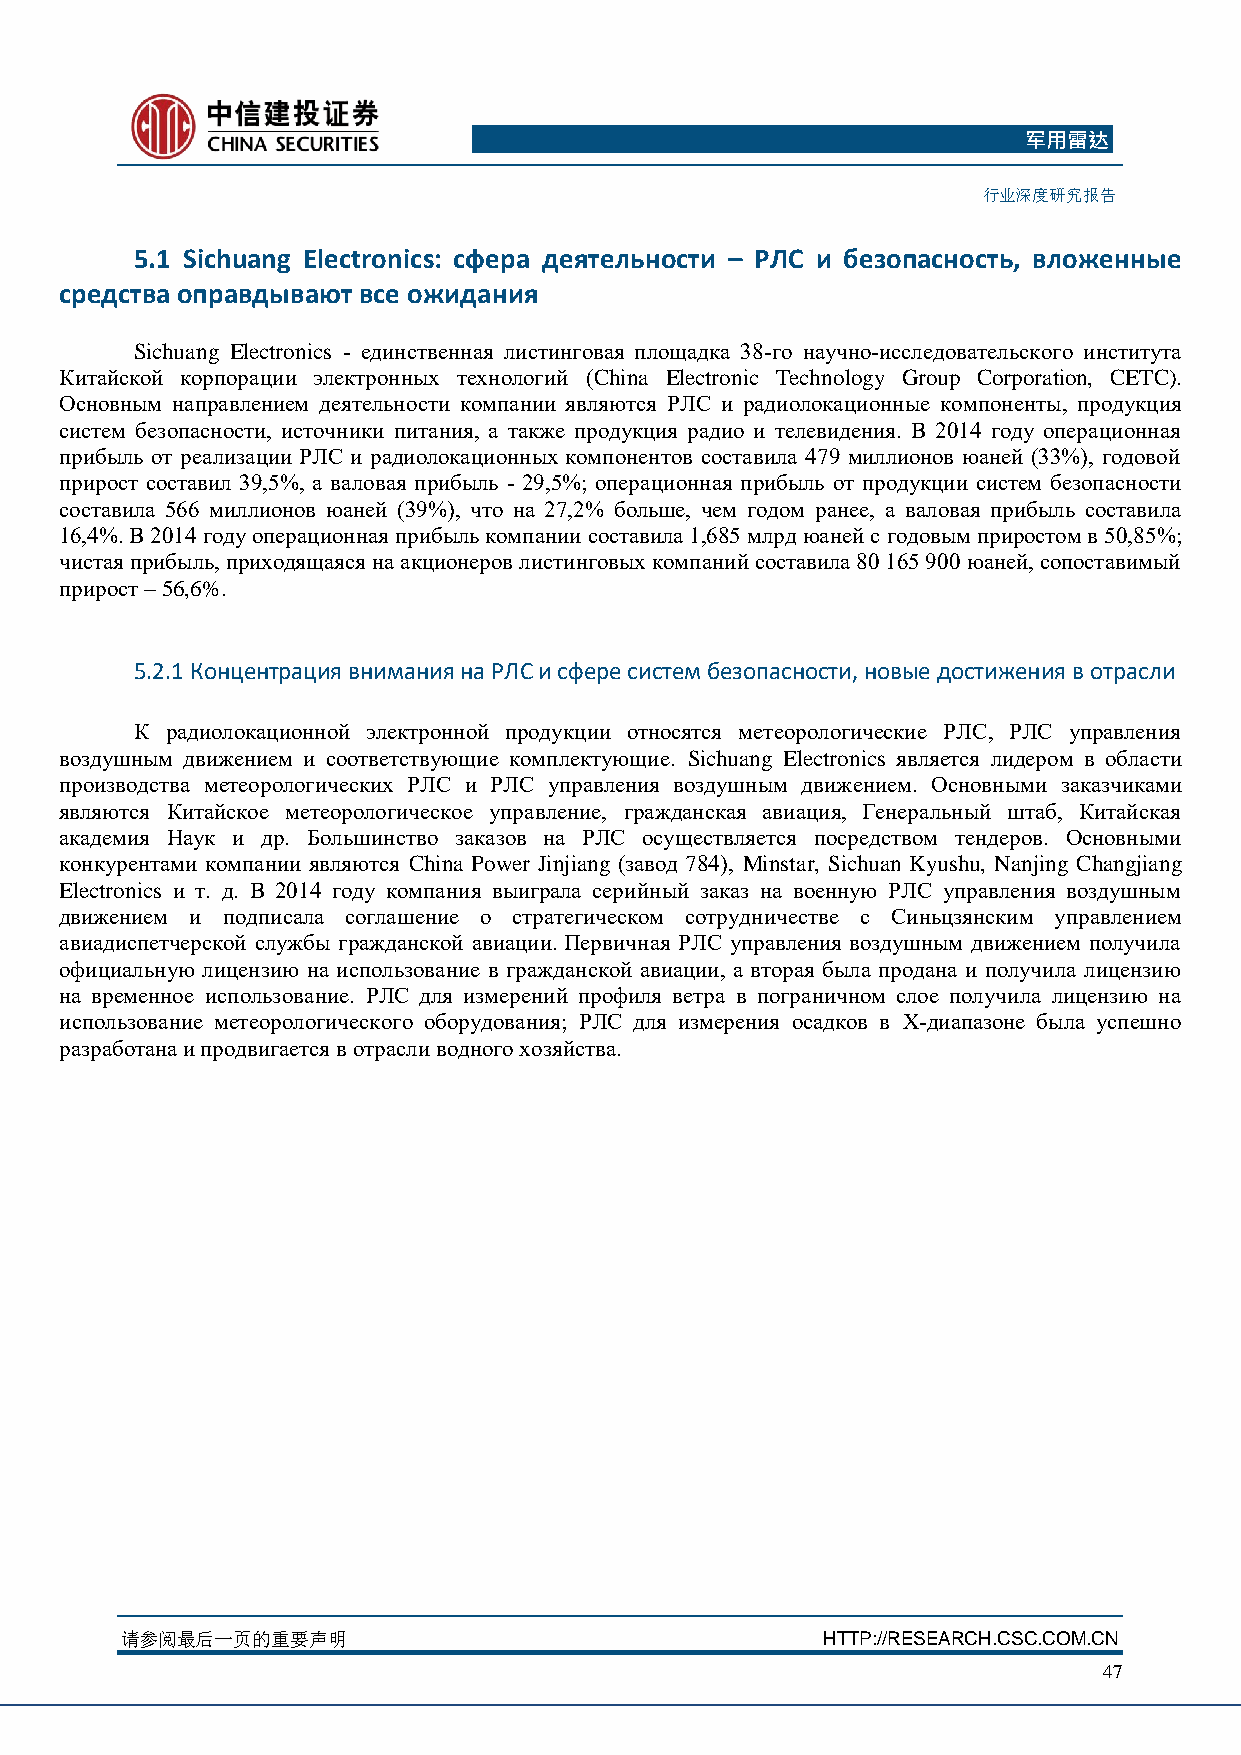
军用雷达
 行业深度研究报告
 5.1 Sichuang Electronics: сфера деятельности – РЛС и безопасность, вложенные
 средства оправдывают все ожидания
 Sichuang Electronics - единственная листинговая площадка 38-го научно-исследовательского института
 Китайской корпорации электронных технологий (China Electronic Technology Group Corporation, CETC).
 Основным направлением деятельности компании являются РЛС и радиолокационные компоненты, продукция
 систем безопасности, источники питания, а также продукция радио и телевидения. В 2014 году операционная
 прибыль от реализации РЛС и радиолокационных компонентов составила 479 миллионов юаней (33%), годовой
 прирост составил 39,5%, а валовая прибыль - 29,5%; операционная прибыль от продукции систем безопасности
 составила 566 миллионов юаней (39%), что на 27,2% больше, чем годом ранее, а валовая прибыль составила
 16,4%. В 2014 году операционная прибыль компании составила 1,685 млрд юаней с годовым приростом в 50,85%;
 чистая прибыль, приходящаяся на акционеров листинговых компаний составила 80 165 900 юаней, сопоставимый
 прирост – 56,6%.
 5.2.1 Концентрация внимания на РЛС и сфере систем безопасности, новые достижения в отрасли
 К радиолокационной электронной продукции относятся метеорологические РЛС, РЛС управления
 воздушным движением и соответствующие комплектующие. Sichuang Electronics является лидером в области
 производства метеорологических РЛС и РЛС управления воздушным движением. Основными заказчиками
 являются Китайское метеорологическое управление, гражданская авиация, Генеральный штаб, Китайская
 академия Наук и др. Большинство заказов на РЛС осуществляется посредством тендеров. Основными
 конкурентами компании являются China Power Jinjiang (завод 784), Minstar, Sichuan Kyushu, Nanjing Changjiang
 Electronics и т. д. В 2014 году компания выиграла серийный заказ на военную РЛС управления воздушным
 движением и подписала соглашение о стратегическом сотрудничестве с Синьцзянским управлением
 авиадиспетчерской службы гражданской авиации. Первичная РЛС управления воздушным движением получила
 официальную лицензию на использование в гражданской авиации, а вторая была продана и получила лицензию
 на временное использование. РЛС для измерений профиля ветра в пограничном слое получила лицензию на
 использование метеорологического оборудования; РЛС для измерения осадков в X-диапазоне была успешно
 разработана и продвигается в отрасли водного хозяйства.
 请参阅最后一页的重要声明                                  HTTP://RESEARCH.CSC.COM.CN
 47